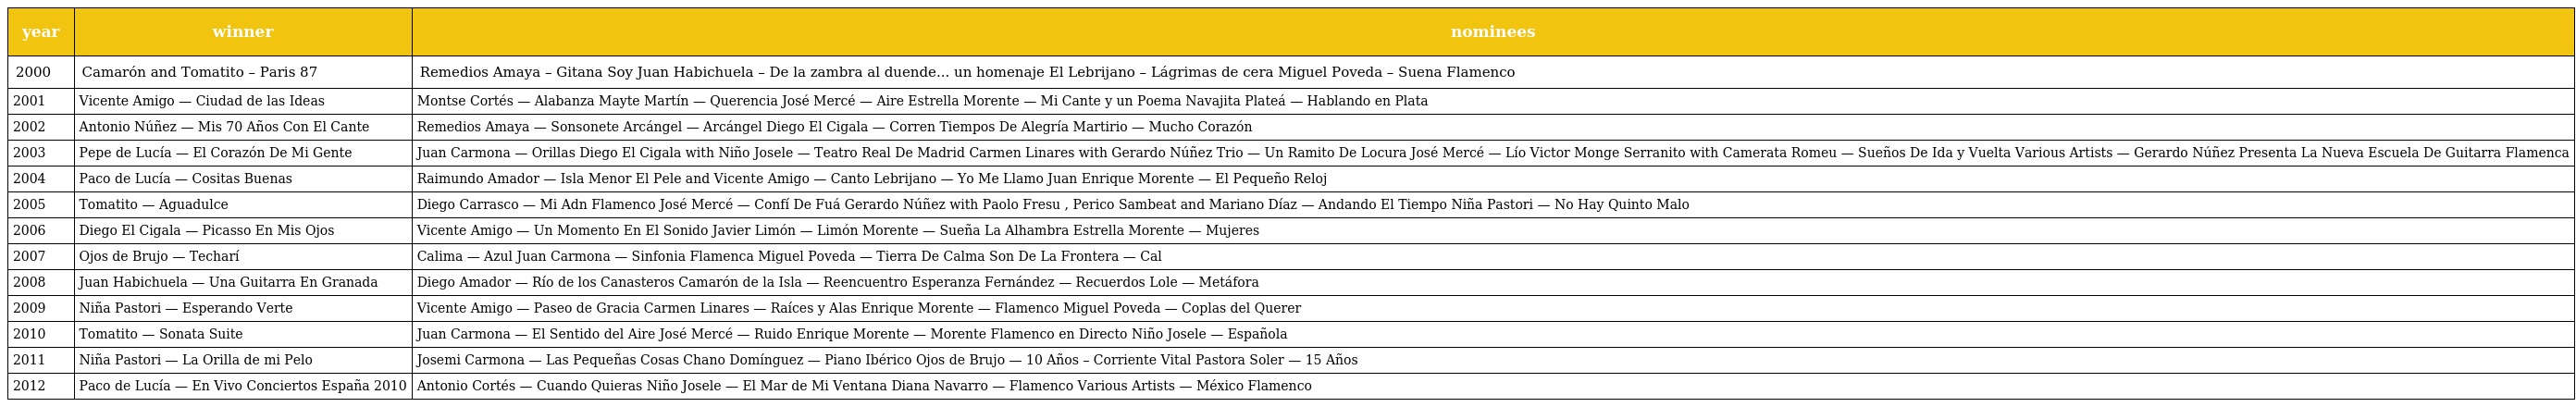
| year | winner | nominees |
 | --- | --- | --- |
 | 2000 | Camarón and Tomatito – Paris 87 | Remedios Amaya – Gitana Soy Juan Habichuela – De la zambra al duende... un homenaje El Lebrijano – Lágrimas de cera Miguel Poveda – Suena Flamenco |
 | 2001 | Vicente Amigo — Ciudad de las Ideas | Montse Cortés — Alabanza Mayte Martín — Querencia José Mercé — Aire Estrella Morente — Mi Cante y un Poema Navajita Plateá — Hablando en Plata |
 | 2002 | Antonio Núñez — Mis 70 Años Con El Cante | Remedios Amaya — Sonsonete Arcángel — Arcángel Diego El Cigala — Corren Tiempos De Alegría Martirio — Mucho Corazón |
 | 2003 | Pepe de Lucía — El Corazón De Mi Gente | Juan Carmona — Orillas Diego El Cigala with Niño Josele — Teatro Real De Madrid Carmen Linares with Gerardo Núñez Trio — Un Ramito De Locura José Mercé — Lío Victor Monge Serranito with Camerata Romeu — Sueños De Ida y Vuelta Various Artists — Gerardo Núñez Presenta La Nueva Escuela De Guitarra Flamenca |
 | 2004 | Paco de Lucía — Cositas Buenas | Raimundo Amador — Isla Menor El Pele and Vicente Amigo — Canto Lebrijano — Yo Me Llamo Juan Enrique Morente — El Pequeño Reloj |
 | 2005 | Tomatito — Aguadulce | Diego Carrasco — Mi Adn Flamenco José Mercé — Confí De Fuá Gerardo Núñez with Paolo Fresu , Perico Sambeat and Mariano Díaz — Andando El Tiempo Niña Pastori — No Hay Quinto Malo |
 | 2006 | Diego El Cigala — Picasso En Mis Ojos | Vicente Amigo — Un Momento En El Sonido Javier Limón — Limón Morente — Sueña La Alhambra Estrella Morente — Mujeres |
 | 2007 | Ojos de Brujo — Techarí | Calima — Azul Juan Carmona — Sinfonia Flamenca Miguel Poveda — Tierra De Calma Son De La Frontera — Cal |
 | 2008 | Juan Habichuela — Una Guitarra En Granada | Diego Amador — Río de los Canasteros Camarón de la Isla — Reencuentro Esperanza Fernández — Recuerdos Lole — Metáfora |
 | 2009 | Niña Pastori — Esperando Verte | Vicente Amigo — Paseo de Gracia Carmen Linares — Raíces y Alas Enrique Morente — Flamenco Miguel Poveda — Coplas del Querer |
 | 2010 | Tomatito — Sonata Suite | Juan Carmona — El Sentido del Aire José Mercé — Ruido Enrique Morente — Morente Flamenco en Directo Niño Josele — Española |
 | 2011 | Niña Pastori — La Orilla de mi Pelo | Josemi Carmona — Las Pequeñas Cosas Chano Domínguez — Piano Ibérico Ojos de Brujo — 10 Años – Corriente Vital Pastora Soler — 15 Años |
 | 2012 | Paco de Lucía — En Vivo Conciertos España 2010 | Antonio Cortés — Cuando Quieras Niño Josele — El Mar de Mi Ventana Diana Navarro — Flamenco Various Artists — México Flamenco |